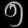
Digit: ၅